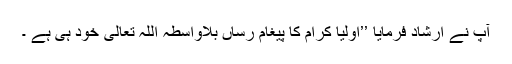
آپؓ نے ارشاد فرمایا ’’اولیا کرام کا پیغام رساں بلاواسطہ اللہ تعالیٰ خود ہی ہے ۔